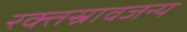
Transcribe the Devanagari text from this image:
रक्तस्रावजन्य